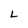
Character: L